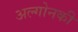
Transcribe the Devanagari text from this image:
अल्गोनकी